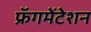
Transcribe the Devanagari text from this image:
फ्रॅगमेंटेशन